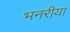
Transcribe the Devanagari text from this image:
भनरीया